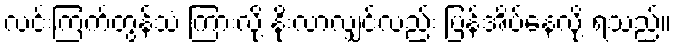
လင်းကြက်တွန်သံ ကြားလို့ နိုးလာလျှင်လည်း ပြန်အိပ်နေလို့ ရသည်။